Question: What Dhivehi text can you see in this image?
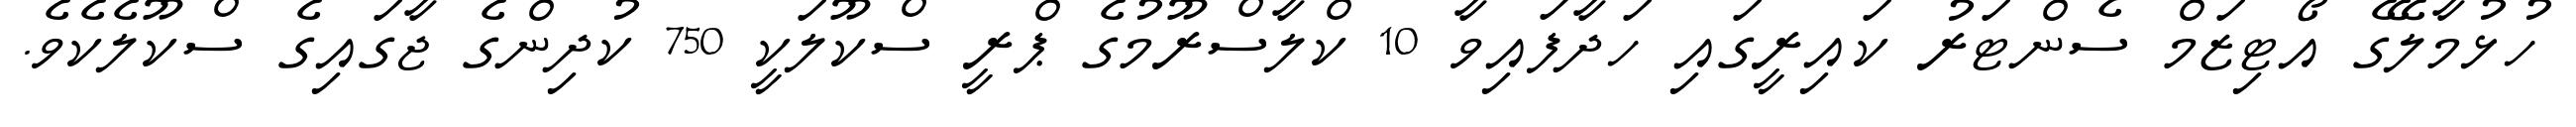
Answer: ހުޅުމާލޭގެ އޯޓިޒަމް ސެންޓަރު ކައިރީގައި ހަދާފައިވާ 10 ކްލާސްރޫމުގެ ޕްރީ ސްކޫލަކީ 750 ކުދިންގެ ޖާގައިގެ ސްކޫލެކެވެ.